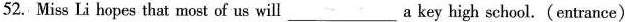
52. Miss Li hopes that most of us will___a key high school.(entrance)